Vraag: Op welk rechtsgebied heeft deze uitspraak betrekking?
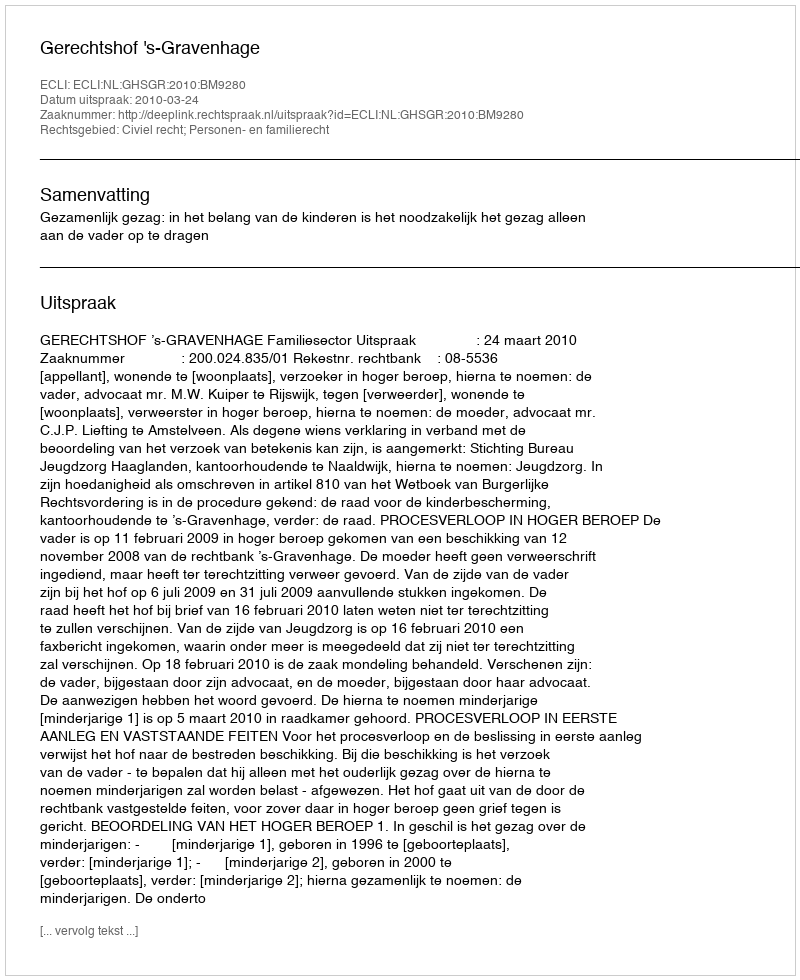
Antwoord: Civiel recht; Personen- en familierecht